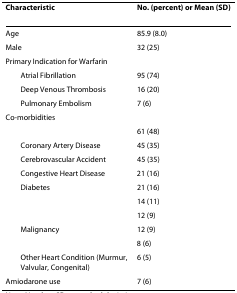
<table><thead><tr><td><b>Characteristic</b></td><td><b>No. (percent) or Mean (SD)</b></td></tr></thead><tbody><tr><td>Age</td><td>85.9 (8.0)</td></tr><tr><td>Male</td><td>32 (25)</td></tr><tr><td>Primary Indication for Warfarin</td><td>[EMPTY_CELL]</td></tr><tr><td> Atrial Fibrillation</td><td>95 (74)</td></tr><tr><td> Deep Venous Thrombosis</td><td>16 (20)</td></tr><tr><td> Pulmonary Embolism</td><td>7 (6)</td></tr><tr><td>Co-morbidities</td><td>[EMPTY_CELL]</td></tr><tr><td>[EMPTY_CELL]</td><td>61 (48)</td></tr><tr><td> Coronary Artery Disease</td><td>45 (35)</td></tr><tr><td> Cerebrovascular Accident</td><td>45 (35)</td></tr><tr><td> Congestive Heart Disease</td><td>21 (16)</td></tr><tr><td> Diabetes</td><td>21 (16)</td></tr><tr><td>[EMPTY_CELL]</td><td>14 (11)</td></tr><tr><td>[EMPTY_CELL]</td><td>12 (9)</td></tr><tr><td> Malignancy</td><td>12 (9)</td></tr><tr><td>[EMPTY_CELL]</td><td>8 (6)</td></tr><tr><td> Other Heart Condition (Murmur, Valvular, Congenital)</td><td>6 (5)</td></tr><tr><td>Amiodarone use</td><td>7 (6)</td></tr></tbody></table>